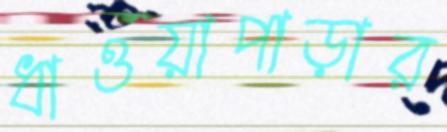
ধাওয়াপাড়ার